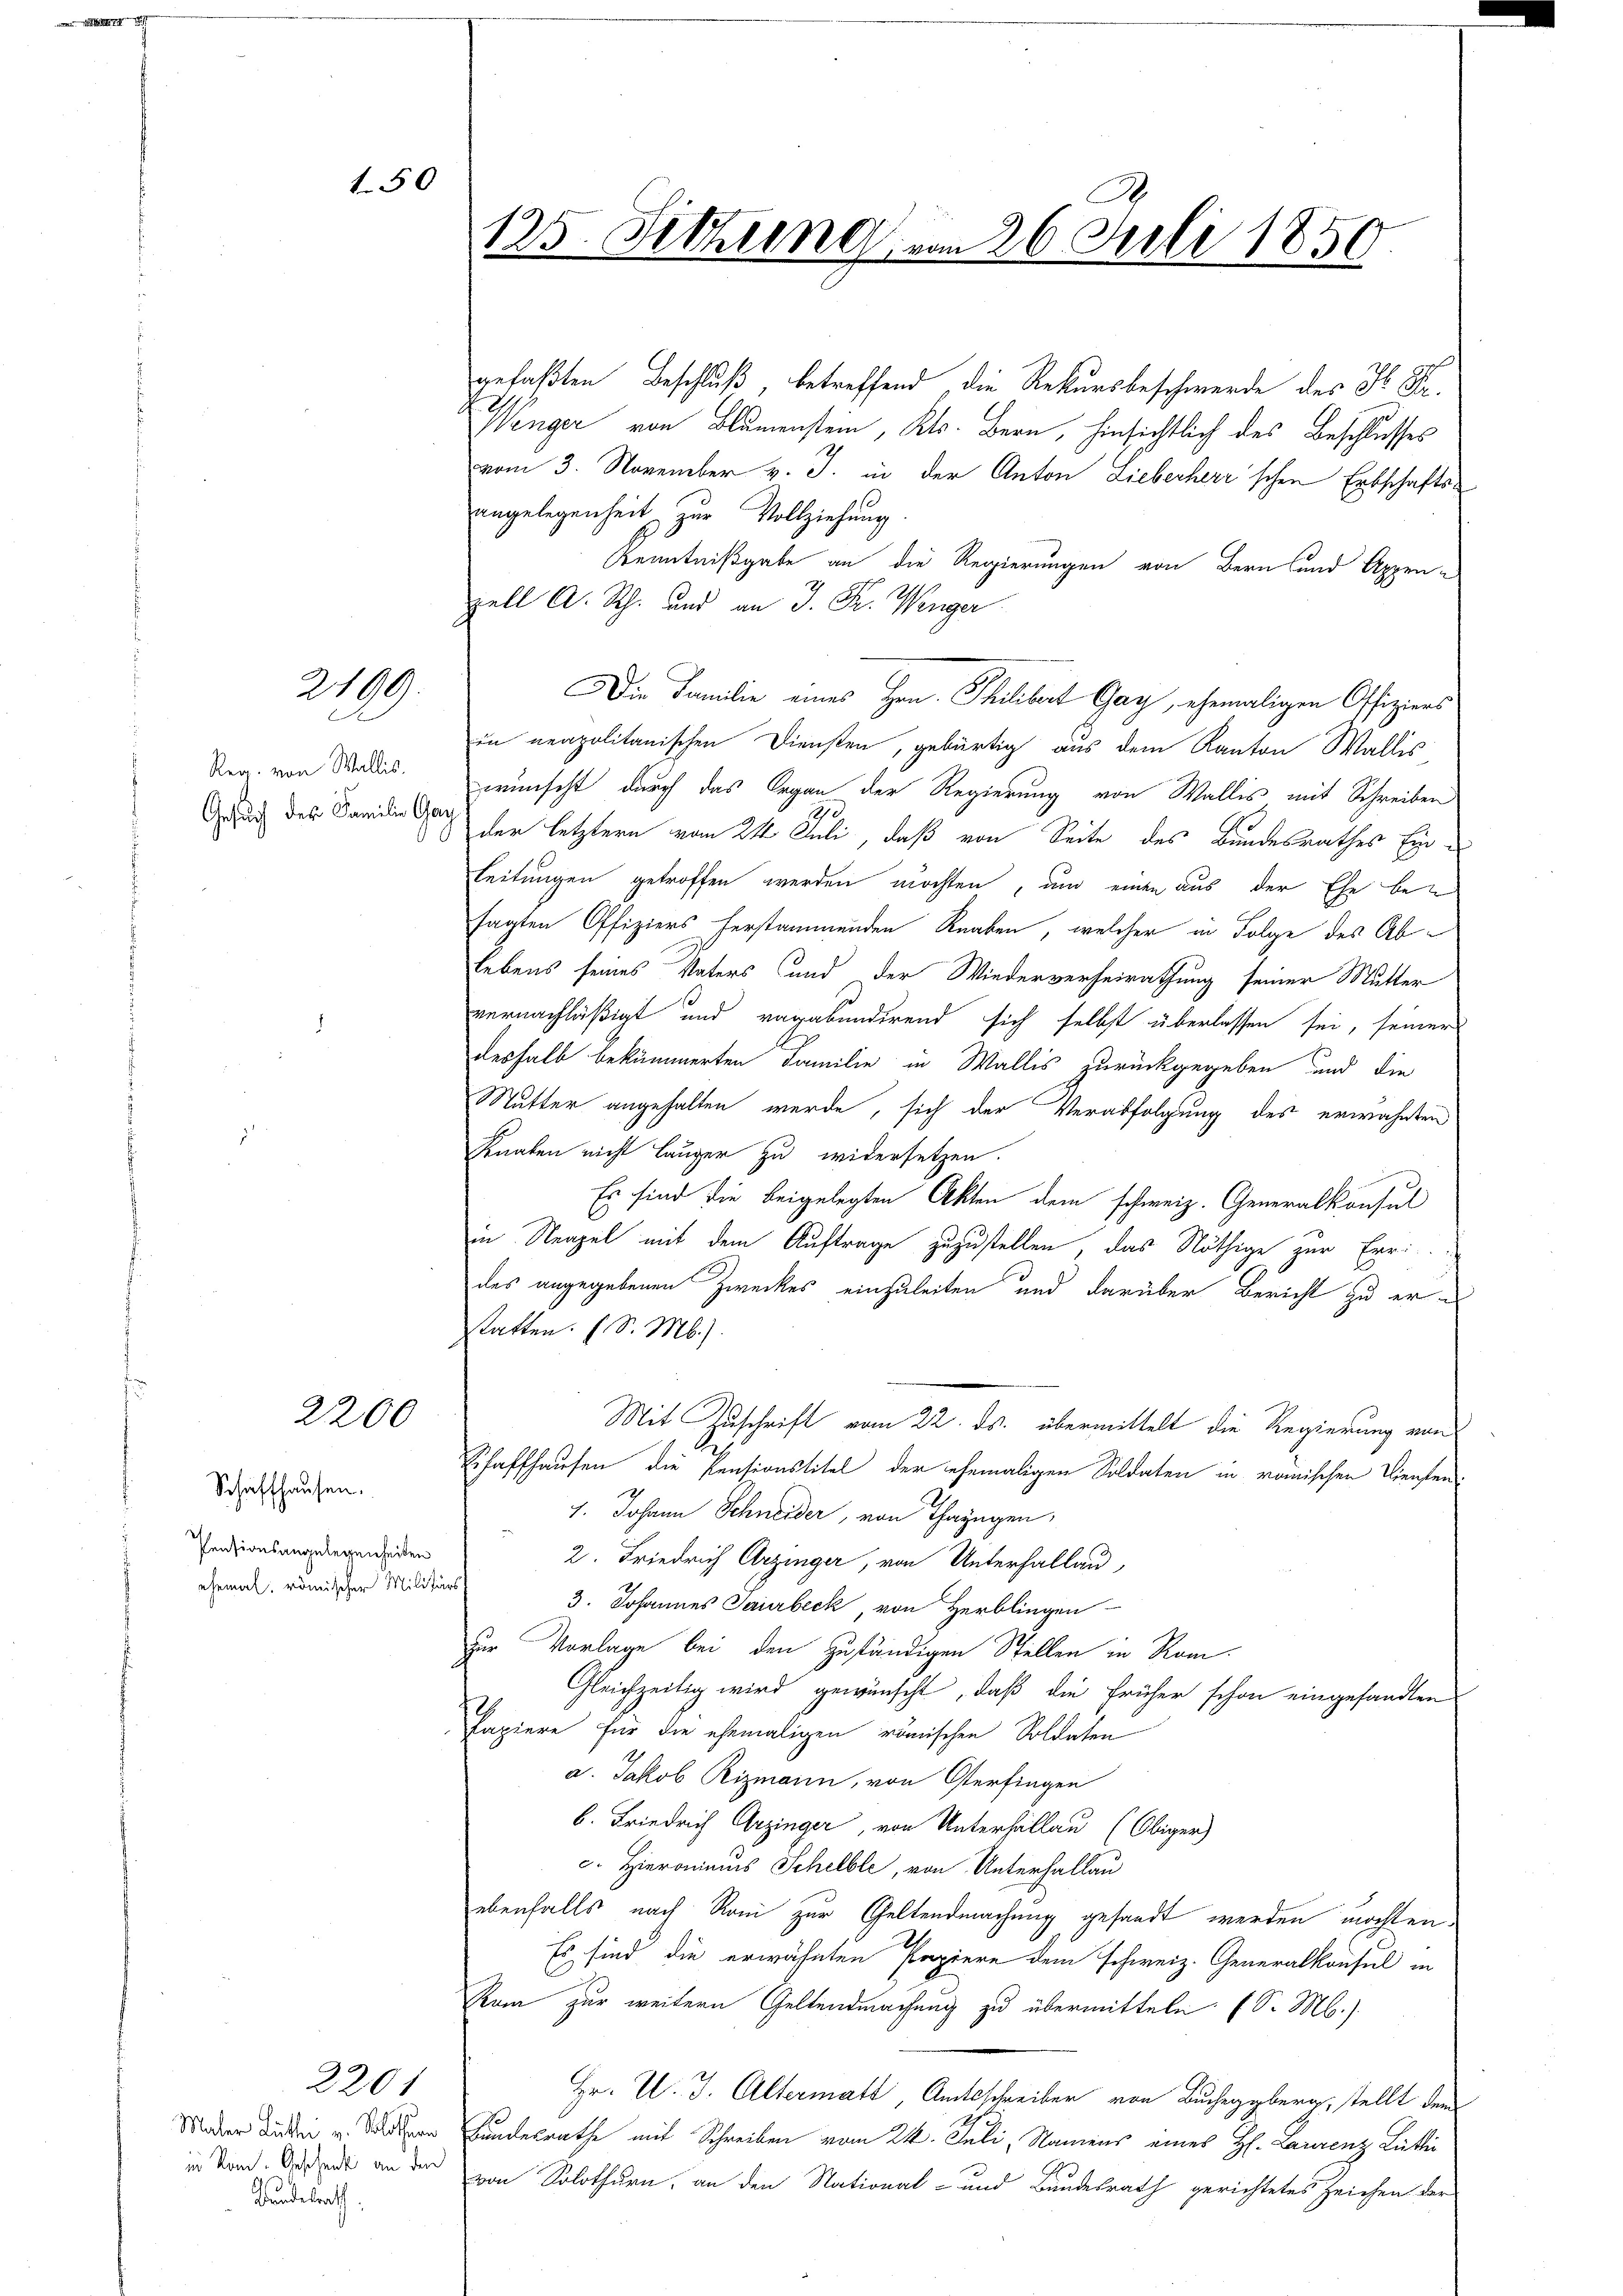
150

2199.
2

Reg. von Wallis.
Gesuch des Familie Ge

2200

Schaffhausen.
Pensionsangelegenheiten
ehemal. römischer Militärs

Bundesrath,

2201

125. Sitzung vom 26. Juli 1850.

gefaßten Beschluß, betreffend, die Rekursbeschwerde des H. B.
Wenger von Blumenstein, Kts. Bern, hinsichtlich des Beschlusses
vom 3. November v. J. in der Anton Lieberherr'schen Erbschaftsangelegenheit zur Vollziehung
Kenntnißgabe an die Regierungen von Bern und Appen-
zell A. Rh. und an J. Fr. Wenger
in neapolitanischen Diensten, gebürtig aus dem Kanton Wallis
wünscht durch das Organ der Regierung von Wallis mit Schreiben
421.
der letztern vom 21 Juli, daß von Seite des Bundesrathes Ein¬
Leitungen getroffen werden möchten, um einen aus der Ehe besagten Offiziers herstammenden Knaben, welcher in Folge des Ablebens seines Vaters und der Wiederverheirathung seiner Mutter
vernachläßigt und ragabundirend sich selbst überlassen sei, seiner
deshalb bekümmerten Familie in Wallis zurückgegeben und die
Mutter angehalten werde, sich der Verabfolgung des erwähnten
Knaben nicht läuger zu widersetzen.
Es sind die beigelegten Akten dem schweiz. Generalkonsul
in Neapel mit dem Auftrage zuzustellen, das Nöthige zur Erri
des angegebenen Zweckes einzuleiten und darüber Bericht zu er¬
Statten. (S. M.).
Mit Zuschrift vom 22. ds. übermittelt die Regierung von
Schaffhausen die Pensionstitel der ehemaligen Soldaten in römischen Diensten
1. Johann Schneider, von Thazügen,
2. Friedrich Arzinger, von Unterhallau,
3. Johannes Saurbeck, von Herblingen
zur Vorlage bei den zuständigen Stellen in Romi¬
Gleichzeitig wird gewünscht, daß die früher schon eingesandten
Papiere für die ehemaligen römischen Soldaten
a. Jakob Rizmann, von Osterfingen
b. Friedrich Arzinger, von Unterhallau (Obiger)
c. Hieronimus Schelble, von Unterhallau
ebenfalls nach Roni zur Geltendmachung gesandt werden möchten.
Es sind, die erwähnten Papiere dem schweiz. Generalkonsul in
Ram zur weitern Geltendmachung zu übermitteln. (S. M.)
Hr. U. J. Altermatt, Amtsschreiben von Bucheggberg, stellt dem
Mader diesen u. der Bundesrathe mit Schreiben vom 24. Juli, Namens eines H. Laurenz Lütli¬
Sond. Desert an der von Solothurn, an den National- und Bundesrath gerichtetes Zeichen der

Die Familie eines Hrn. Philibert Gay, ehemaligen Offiziers